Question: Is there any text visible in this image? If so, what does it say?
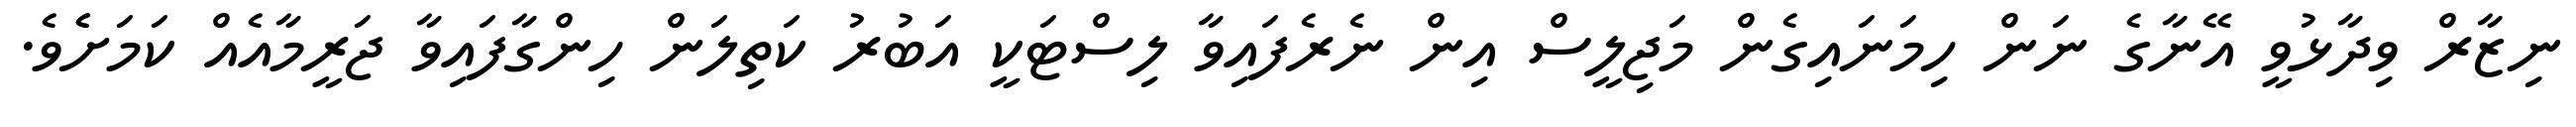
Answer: ނިޒާރް ވިދާޅުވީ އޭނާގެ ނަން ހިމަނައިގެން މަޖިލީސް އިން ނެރެފައިވާ ލިސްޓަކީ އަބުރު ކަތިލަން ހިންގާފައިވާ ޖަރީމާއެއް ކަމަށެެވެ.